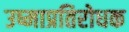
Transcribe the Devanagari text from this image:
उष्माप्रतिरोधक